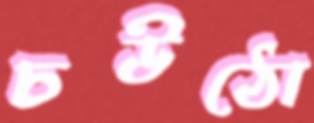
চউঠো